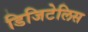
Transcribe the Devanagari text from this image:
डिजिटेलिस